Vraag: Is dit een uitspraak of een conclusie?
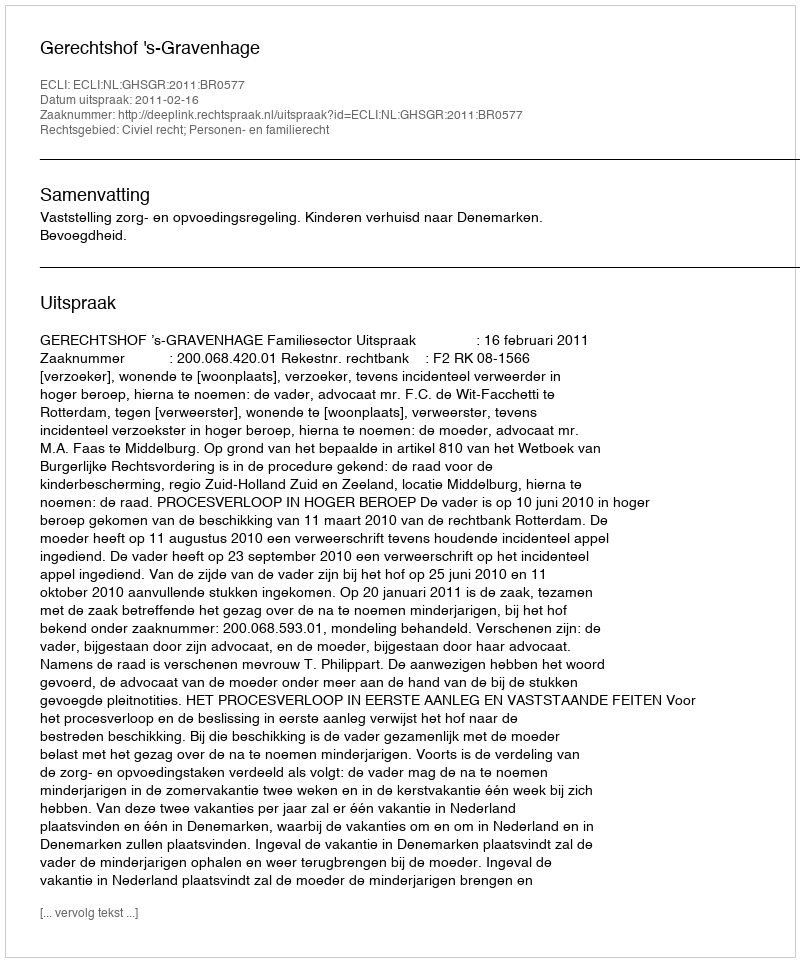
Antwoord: Uitspraak